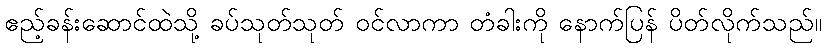
ဧည့်ခန်းဆောင်ထဲသို့ ခပ်သုတ်သုတ် ဝင်လာကာ တံခါးကို နောက်ပြန် ပိတ်လိုက်သည်။